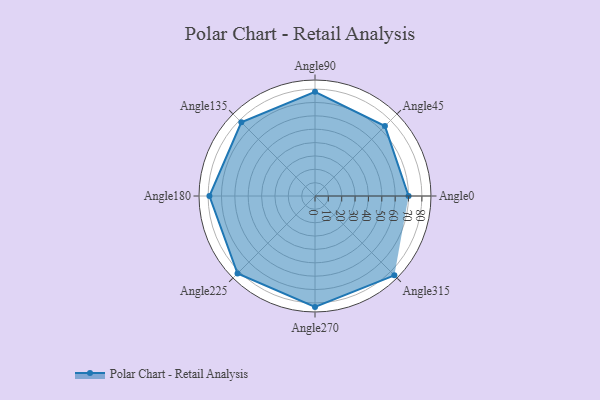
{"axis": {"x": "Angle", "y": "Radius"}, "legend": [""], "data": [{"x": "Angle0", "y": 70.0, "type": ""}, {"x": "Angle45", "y": 74.0, "type": ""}, {"x": "Angle90", "y": 78.0, "type": ""}, {"x": "Angle135", "y": 78.0, "type": ""}, {"x": "Angle180", "y": 79.0, "type": ""}, {"x": "Angle225", "y": 82.0, "type": ""}, {"x": "Angle270", "y": 83.0, "type": ""}, {"x": "Angle315", "y": 84.0, "type": ""}]}